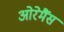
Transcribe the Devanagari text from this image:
ओरेमैंस